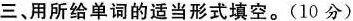
三、用所给单词的适当形式填空。(10 分)